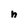
Character: n